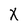
Character: X